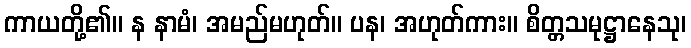
ကာယတို့၏။ န နာမံ၊ အမည်မဟုတ်။ ပန၊ အဟုတ်ကား။ စိတ္တသမုဋ္ဌာနေသု၊